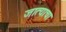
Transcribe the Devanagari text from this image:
जात्याचा